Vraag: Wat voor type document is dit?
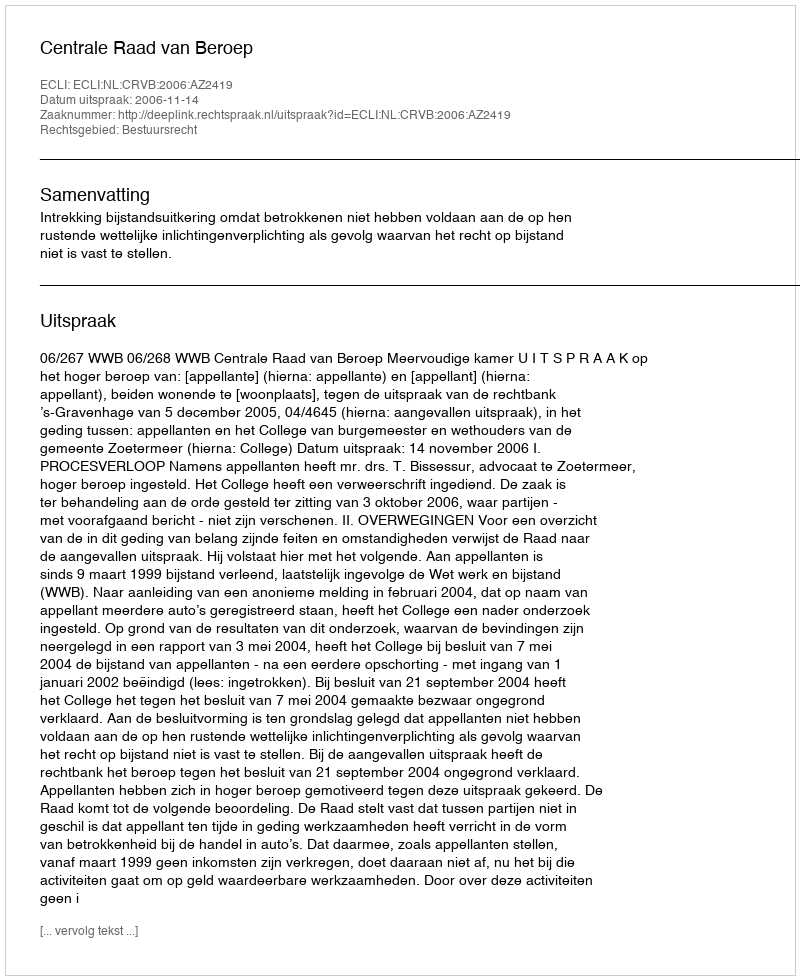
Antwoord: Uitspraak